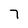
Character: 7